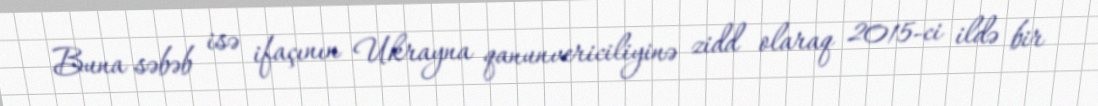
Buna səbəb isə ifaçının Ukrayna qanunvericiliyinə zidd olaraq 2015-ci ildə bir